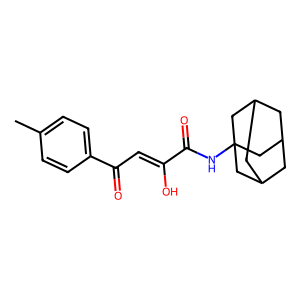
SMILES: Cc1ccc(C(=O)C=C(O)C(=O)NC23CC4CC(CC(C4)C2)C3)cc1
Inhibits HIV replication: No